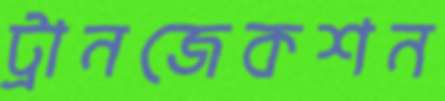
ট্রানজেকশন